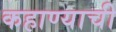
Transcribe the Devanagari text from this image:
कहाण्याची